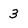
Character: 3